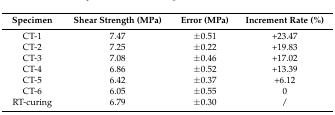
<table><thead><tr><td><b>Specimen</b></td><td><b>Shear Strength (MPa)</b></td><td><b>Error (MPa)</b></td><td><b>Increment Rate (%)</b></td></tr></thead><tbody><tr><td>CT-1</td><td>7.47</td><td>±0.51</td><td>+23.47</td></tr><tr><td>CT-2</td><td>7.25</td><td>±0.22</td><td>+19.83</td></tr><tr><td>CT-3</td><td>7.08</td><td>±0.46</td><td>+17.02</td></tr><tr><td>CT-4</td><td>6.86</td><td>±0.52</td><td>+13.39</td></tr><tr><td>CT-5</td><td>6.42</td><td>±0.37</td><td>+6.12</td></tr><tr><td>CT-6</td><td>6.05</td><td>±0.55</td><td>0</td></tr><tr><td>RT-curing</td><td>6.79</td><td>±0.30</td><td>/</td></tr></tbody></table>